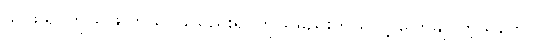
သူဖြူရင်ကိုယ်ဖြူတယ်၊ သူမည်းရင်ကိုယ်မည်းတယ်လို့ ပြောချင်တဲ့သဘောပါ။